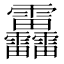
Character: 靐